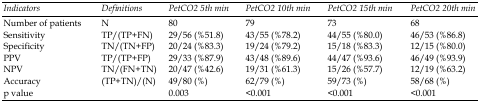
<table><thead><tr><td><b><i>Indicators</i></b></td><td><b><i>Definitions</i></b></td><td><b><i>PetCO2 5th min</i></b></td><td><b><i>PetCO2 10th min</i></b></td><td><b><i>PetCO2 15th min</i></b></td><td><b><i>PetCO2</i><i>20th min</i></b></td></tr></thead><tbody><tr><td>Number of patients</td><td>N</td><td>80</td><td>79</td><td>73</td><td>68</td></tr><tr><td>Sensitivity</td><td>TP/(TP+FN)</td><td>29/56 (%51.8)</td><td>43/55 (%78.2)</td><td>44/55 (%80.0)</td><td>46/53 (%86.8)</td></tr><tr><td>Specificity</td><td>TN/(TN+FP)</td><td>20/24 (%83.3)</td><td>19/24 (%79.2)</td><td>15/18 (%83.3)</td><td>12/15 (%80.0)</td></tr><tr><td>PPV </td><td>TP/(TP+FP)</td><td>29/33 (%87.9)</td><td>43/48 (%89.6)</td><td>44/47 (%93.6)</td><td>46/49 (%93.9)</td></tr><tr><td>NPV</td><td>TN/(FN+TN)</td><td>20/47 (%42.6)</td><td>19/31 (%61.3)</td><td>15/26 (%57.7)</td><td>12/19 (%63.2)</td></tr><tr><td>Accuracy</td><td>(TP+TN)/(N)</td><td>49/80 (%)</td><td>62/79 (%)</td><td>59/73 (%)</td><td>58/68 (%)</td></tr><tr><td>p value</td><td></td><td>0.003</td><td>&lt;0.001</td><td>&lt;0.001</td><td>&lt;0.001</td></tr></tbody></table>